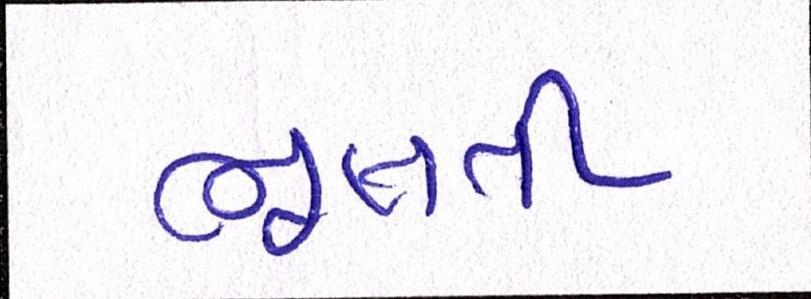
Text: ભૂલતી